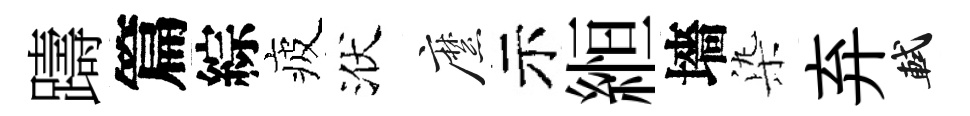
躊篇綜疲洑縻示縆墻𣑱弃軾